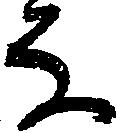
な